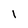
Character: I